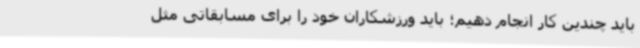
باید چندین کار انجام دهیم؛ باید ورزشکاران خود را برای مسابقاتی مثل